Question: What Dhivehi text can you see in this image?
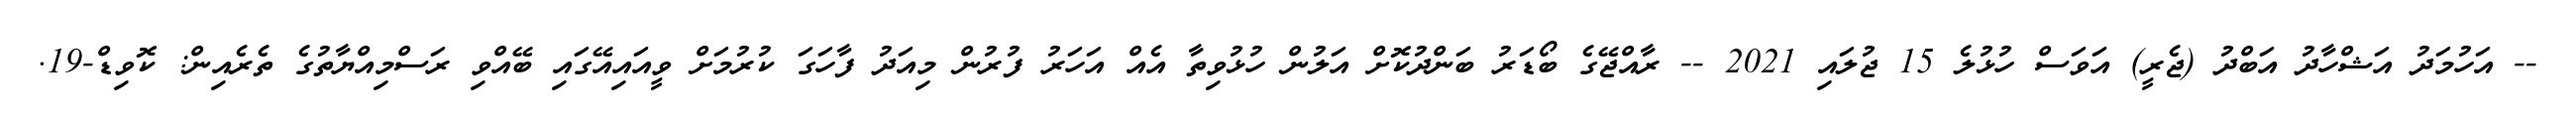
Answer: -- އަހުމަދު އަޝްހާދު އަބްދު (ޖެރީ) އަވަސް ހުޅުލެ 15 ޖުލައި 2021 -- ރާއްޖޭގެ ބޯޑަރު ބަންދުކޮށް އަލުން ހުޅުވިތާ އެއް އަހަރު ފުރުން މިއަދު ފާހަގަ ކުރުމަށް ވީއައިއޭގައި ބޭއްވި ރަސްމިއްޔާތުގެ ތެރެއިން: ކޮވިޑް-19.